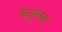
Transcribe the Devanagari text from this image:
फतुल्ला